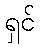
ရှင်